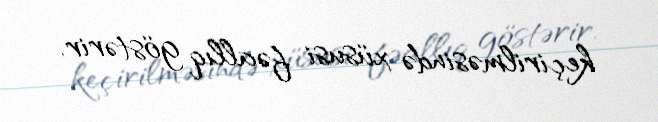
keçirilməsində xüsusi fəallıq göstərir.